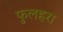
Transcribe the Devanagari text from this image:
फुलहरा